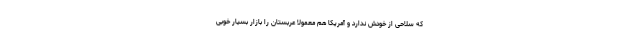
که سلاحی از خودش ندارد و آمریکا هم معمولا عربستان را بازار بسیار خوبی